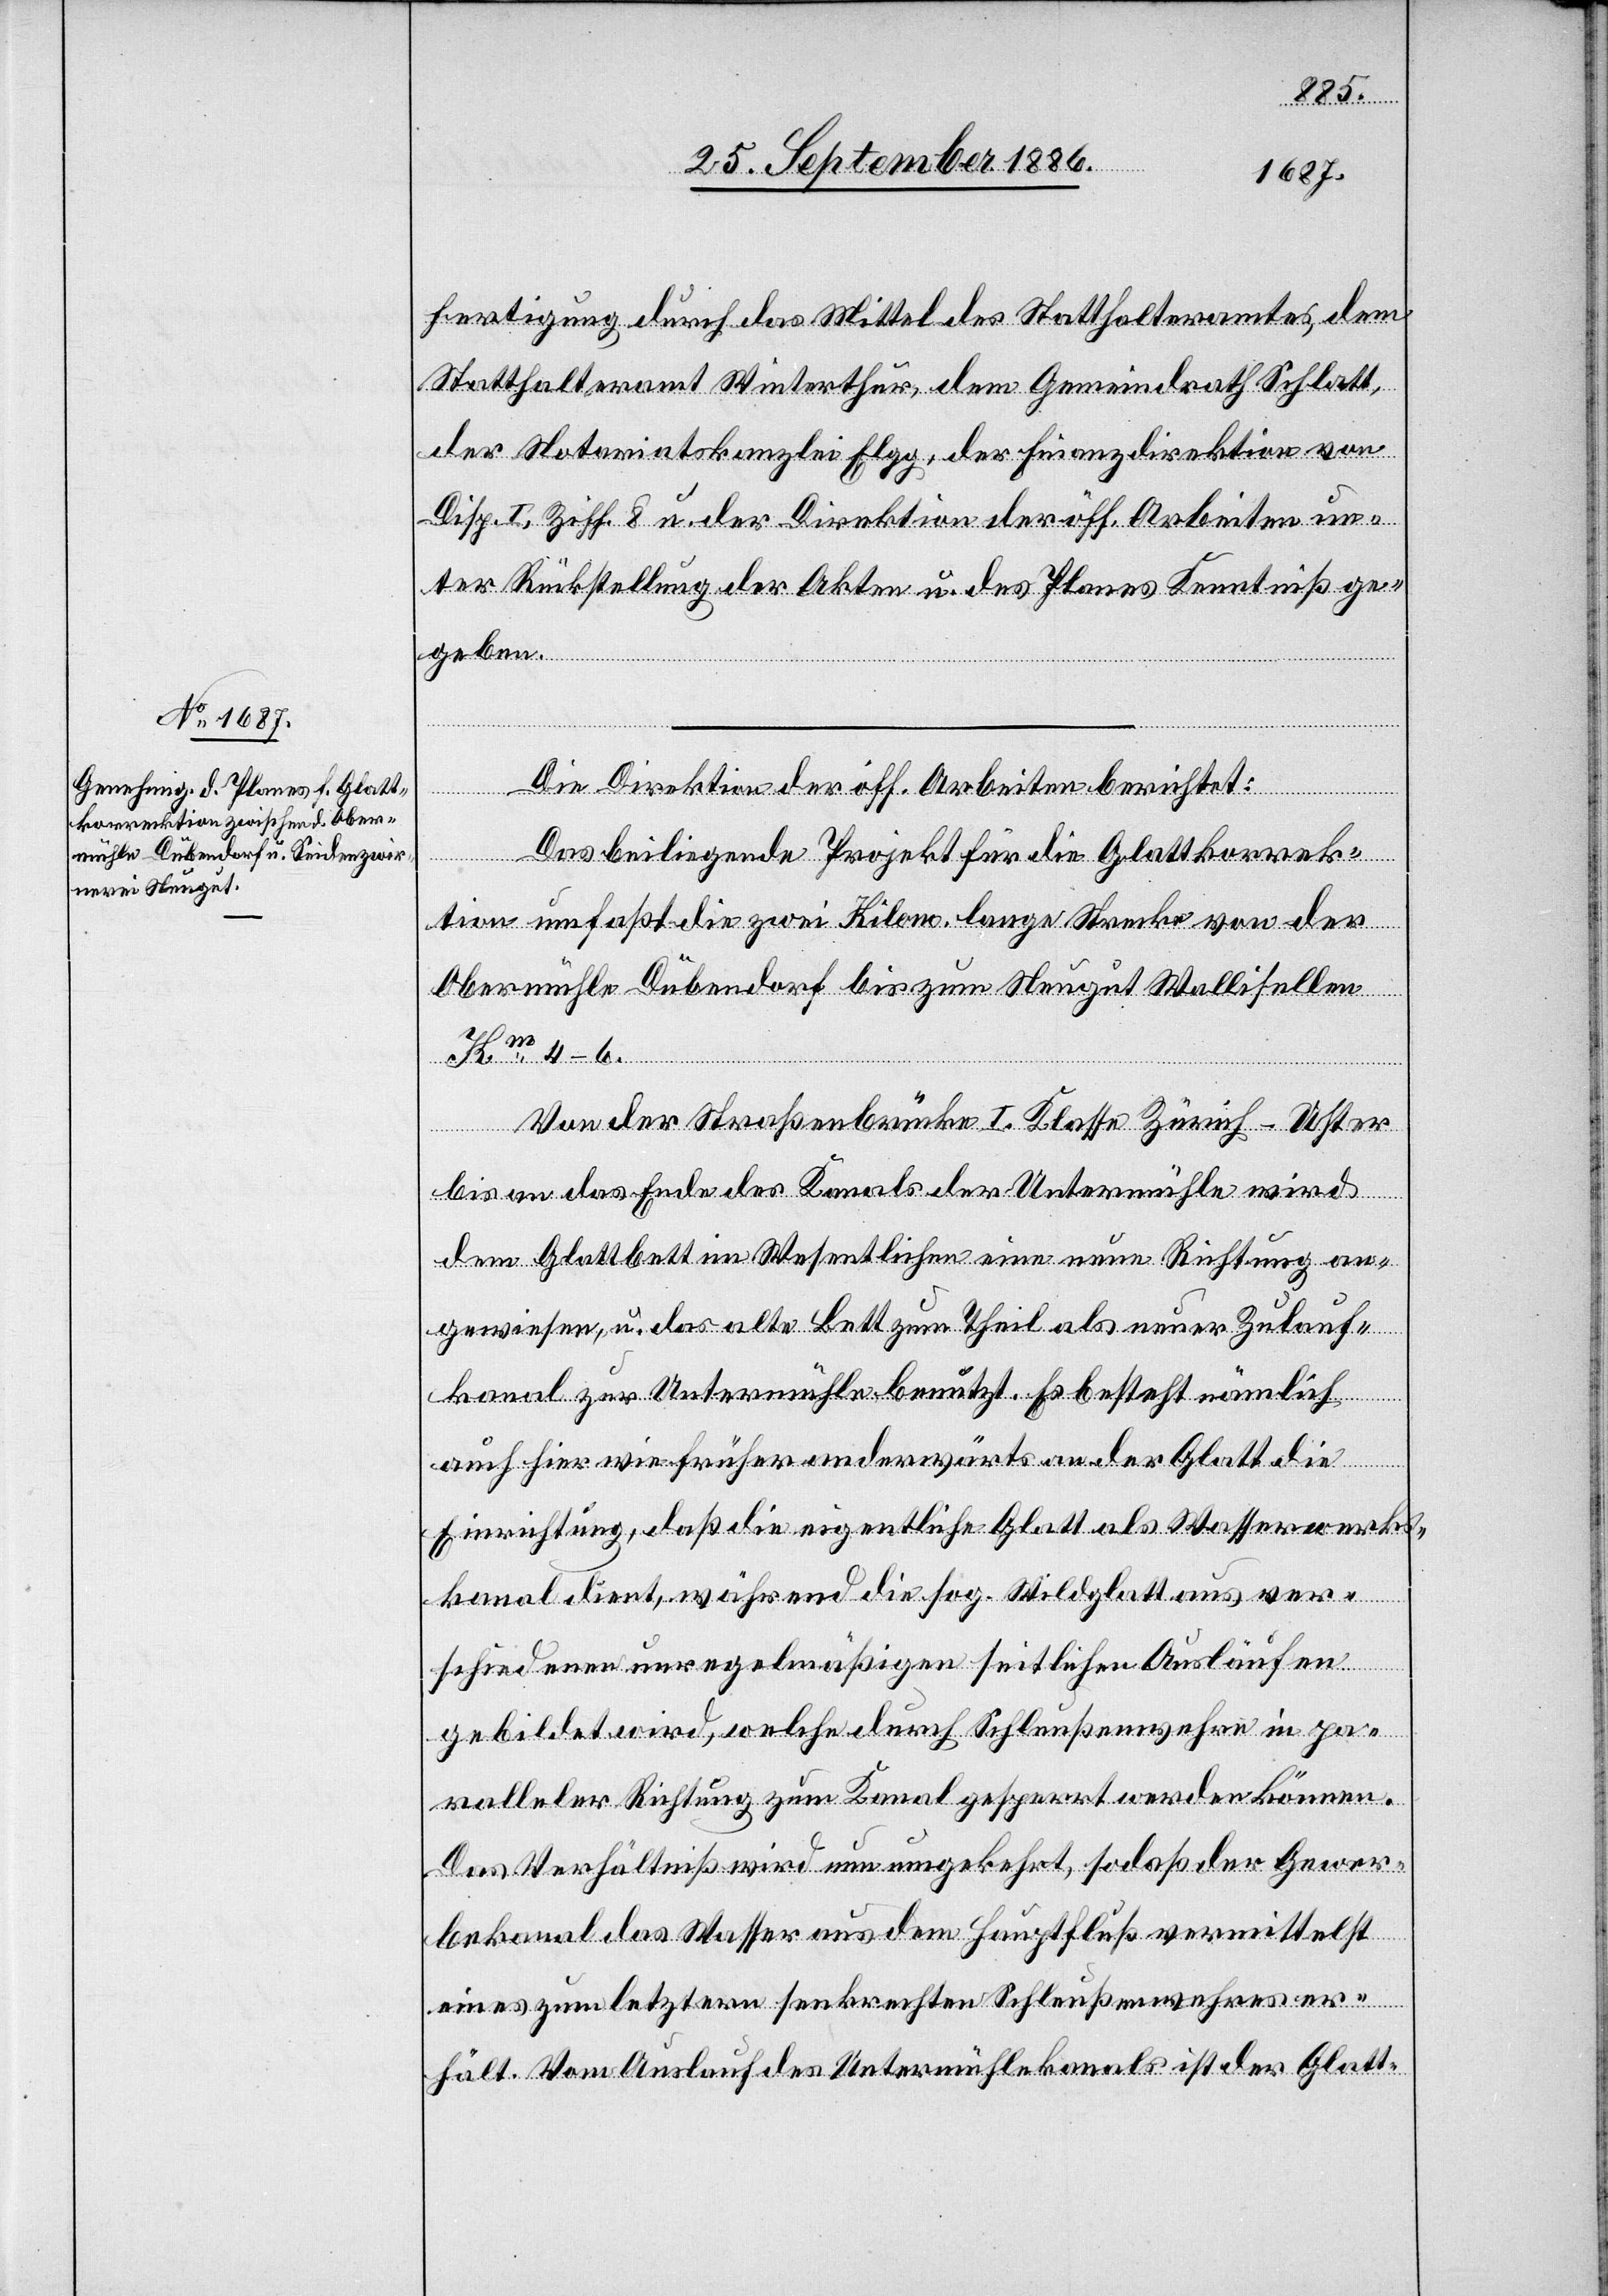
fertigung durch das Mittel des Statthalteramtes, dem
Statthalteramt Winterthur, dem Gemeindrath Schlatt,
der Notariatskanzlei Elgg, der Finanzdirektion von
Disp. I, Ziff. 8 u. der Direktion der öff. Arbeiten un¬
ter Rückstellung der Akten u. des Planes Kenntniß ge¬
geben.
Die Direktion der öff. Arbeiten berichtet:
Das beiliegende Projekt für die Glattkorrek¬
tion umfaßt die zwei Kilom. lange Strecke von der
Obermühle Dübendorf bis zum Neugut Wallisellen
Km 4–6.
Von der Straßenbrücke I. Klasse Zürich–Uster
bis an das Ende des Kanals der Untermühle wird
dem Glattbett im Wesentlichen eine neue Richtung an¬
gewiesen, u. das alte Bett zum Theil als neuer Zulauf¬
kanal zur Untermühle benutzt. Es besteht nämlich
auch hier wie früher anderwärts an der Glatt die
Einrichtung, daß die eigentliche Glatt als Wasserwerks¬
kanal dient, während die sog. Wildglatt aus ver¬
schiedenen unregelmäßigen seitlichen Ausläufen
gebildet wird, welche durch Schleußenwehre in pa¬
ralleler Richtung zum Kanal gesperrt werden können.
Das Verhältniß wird nun umgekehrt, sodaß der Gewer¬
bekanal das Wasser aus dem Hauptfluß vermittelst
eines zum letztern senkrechten Schleußenwehres er¬
hält. Vom Auslauf des Untermühlekanals ist der Glatt-